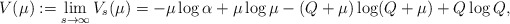
\begin{align*}V(\mu):=\lim_{s\to\infty} V_s(\mu)=-\mu\log\alpha+\mu\log\mu-(Q+\mu)\log(Q+\mu)+Q\log Q,\end{align*}